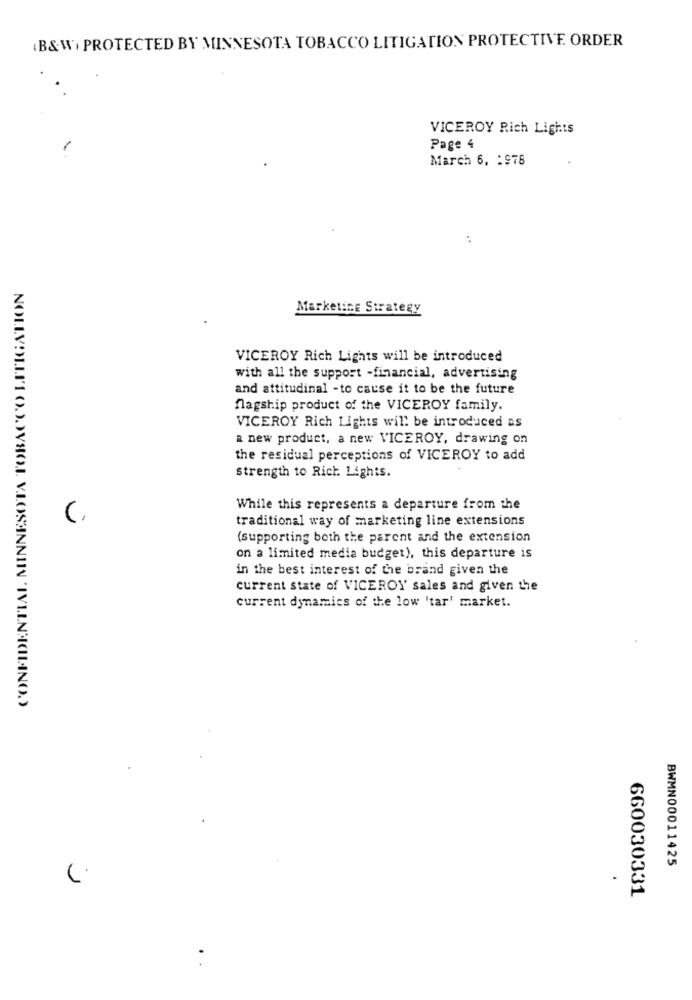
(B&W+ PROTECTED BY MINNESOTA TOBACCO LITIGATION PROTECTIVE ORDER
VICEROY Rich Lights
Page 4
March 6, : 978
Marketing Strategy
VICEROY Rich Lights will be introduced
with all the support -financial, advertising
and attitudinal -to cause it to be the future
flagship product of the VICEROY family.
VICEROY Rich Lights will be introduced as
a new product, a new VICEROY, drawing on
the residual perceptions of VICEROY to add
strength to Rich Lights.
While this represents a departure from the
traditional way of marketing line extensions
(supporting both the parent and the extension
on a limited media budget), this departure is
in the best interest of the brand given the
current state of VICEROY sales and given the
current dynamics of the low 'tar' market.
NOLLVOLIII OJJJVSO.J. V.LOSANNIN 'IVILNAILINO.)
BWMN00011425
660030331